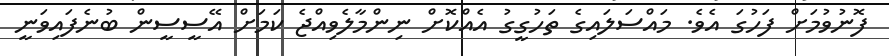
ފޮނުވުމަށް ފަހުގަ އެވެ. މައްސަލައިގެ ތަހުގީގު އެއްކޮށް ނިންމާލެވިއްޖެ ކަމަށް އޭސީސީން ބުނެފައިވަނީ